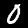
Label: 0